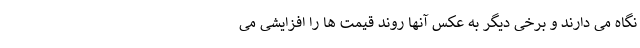
نگاه می دارند و برخی دیگر به عکس آنها روند قیمت ها را افزایشی می